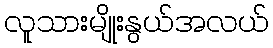
လူသားမျိုးနွယ်အလယ်